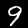
Digit: 9